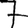
Digit: 7